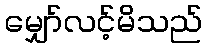
မျှော်လင့်မိသည်